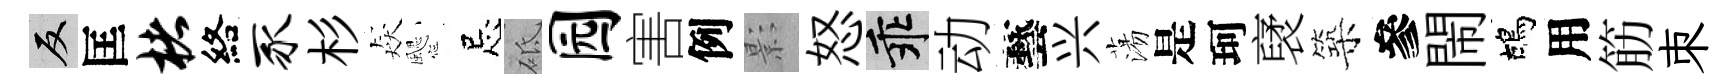
反匡楮絡豕杉猋颸忌砥园害例影怒乖动藝兴蕩是珂裦築參閙鴣用筋朿